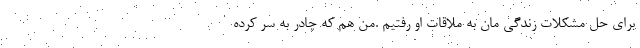
برای حل مشکلات زندگی مان به ملاقات او رفتیم .من هم که چادر به سر کرده